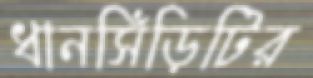
ধানসিঁড়িটির